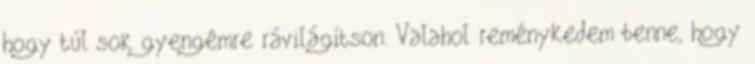
hogy túl sok gyengémre rávilágítson. Valahol reménykedem benne, hogy